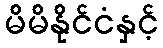
မိမိနိုင်ငံနှင့်